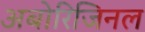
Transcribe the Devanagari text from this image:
अबोरिजिनल